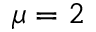
\mu = 2